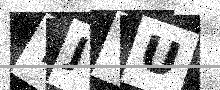
Text: YJTU